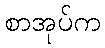
စာအုပ်က